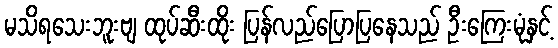
မသိရသေးဘူးဗျ ထုပ်ဆီးထိုး ပြန်လည်ပြောပြနေသည် ဦးကြေးမုံနှင့်